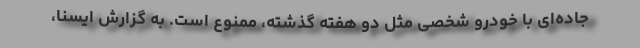
جاده‌ای با خودرو شخصی مثل دو هفته گذشته، ممنوع است. به گزارش ایسنا،